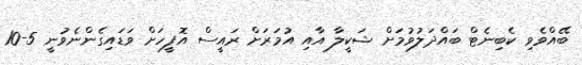
ބޭއްވެވި ކެބިނެޓް ބައްދަލުވުމަށް ޝަކީލާ އާއި އުމަރަށް ރައީސް އޮފީހަށް ވަޑައިގެންނެވުނީ 5-10